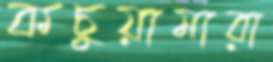
কচুয়ামারা